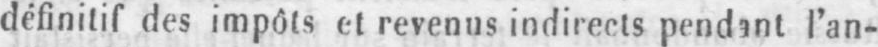
définitif des impôts et revenus indirects pendant l’an-